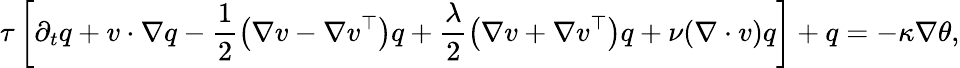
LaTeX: \tau\left[\partial_{t}q+v\cdot\nabla q-\frac{1}{2}\left(\nabla v-\nabla v^{\top}\right)q+\frac{\lambda}{2}\left(\nabla v+\nabla v^{\top}\right)q+\nu(\nabla\cdot v)q\right]+q=-\kappa\nabla\theta,